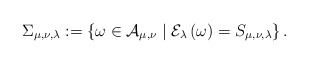
\begin{align*}\Sigma_{\mu, \nu, \lambda} :=\left\{ \omega \in \mathcal{A} _{\mu ,\nu} \mid \mathcal{E} _{\lambda}\left( \omega \right) =S_{\mu ,\nu ,\lambda} \right\}.\end{align*}